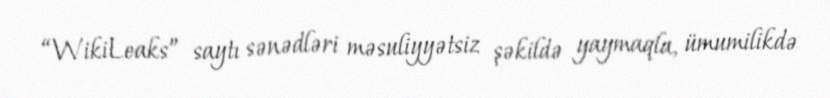
“WikiLeaks” saytı sənədləri məsuliyyətsiz şəkildə yaymaqla, ümumilikdə